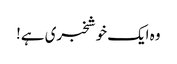
وہ ایک خوشخبری ہے!